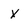
Character: X